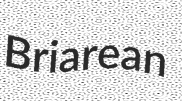
Briarean